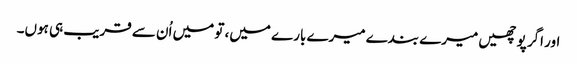
اور اگر پوچھیں میرے بندے میرے بارے میں، تو میں اُن سے قریب ہی ہوں۔